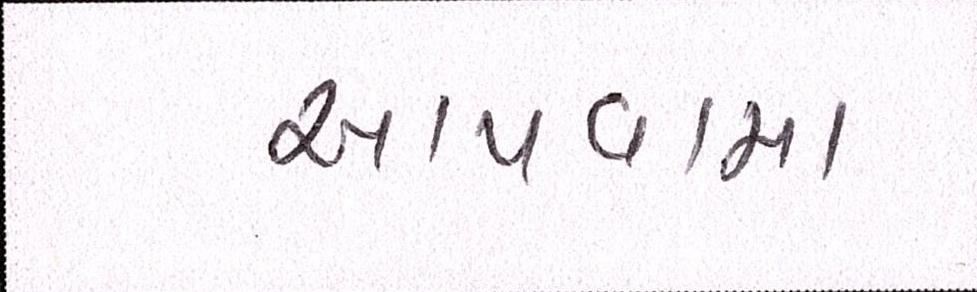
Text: આપવામા